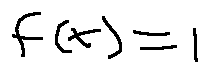
f ( x ) = 1